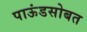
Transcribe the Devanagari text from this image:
पाऊंडसोबत